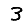
Digit: 3